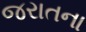
જરાતના